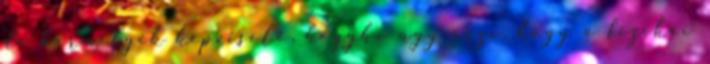
de bármelyik képviselő, hogyha úgy érzi, hogy a fizikai